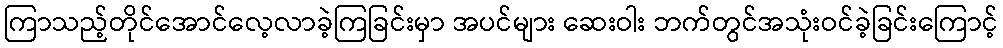
ကြာသည့်တိုင်အောင်လေ့လာခဲ့ကြခြင်းမှာ အပင်များ ဆေးဝါး ဘက်တွင်အသုံးဝင်ခဲ့ခြင်းကြောင့်